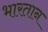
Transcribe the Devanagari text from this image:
भारतान